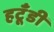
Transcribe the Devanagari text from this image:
हटूँडी